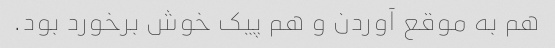
هم به موقع آوردن و هم پیک خوش برخورد بود.